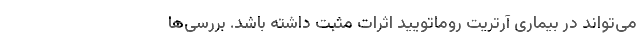
می‌تواند در بیماری آرتریت روماتویید اثرات مثبت داشته باشد. بررسی‌ها